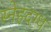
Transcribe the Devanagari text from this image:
स्नेहदग्ध